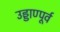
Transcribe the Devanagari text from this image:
उड्डाण्पूर्व